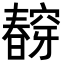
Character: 𭨀